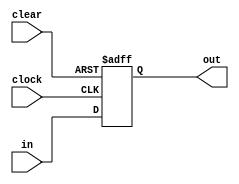
module PcRegister(input clock,
		input clear,
		input[31:0] in,
		output reg[31:0] out);

	// The initial value for the PC register is 0x400000;
	always @(posedge clear, negedge clock)
		if (clear)
			out = 32'h00400000;
		else
			out = in;
endmodule